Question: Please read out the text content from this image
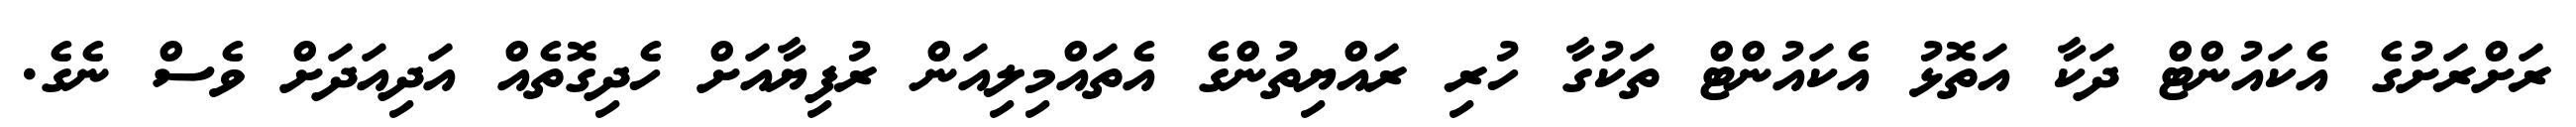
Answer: ރަށްރަށުގެ އެކައުންޓް ދަކާ އަތޮޅު އެކައުންޓް ތަކުގާ ހުރި ރައްޔިތުންގެ އެތައްމިލިއަން ރުފިޔާއަށް ހެދިގޮތެއް އަދިއަދަށް ވެސް ނެގެ.